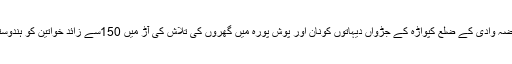
23فروری 1991ء کو مقبوضہ وادی کے ضلع کپواڑہ کے جڑواں دیہاتوں کونان اور پوش پورہ میں گھروں کی تلاش کی آڑ میں 150سے زائد خواتین کو ہندوستان کی فوج نے بے آبرو کیا۔